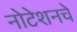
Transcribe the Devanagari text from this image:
नोटेशनचे